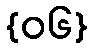
{၀၆}